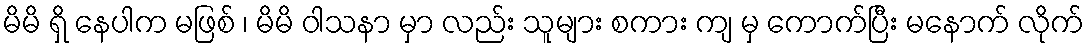
မိမိ ရှိ နေပါက မဖြစ် ၊ မိမိ ဝါသနာ မှာ လည်း သူများ စကား ကျ မှ ကောက်ပြီး မနောက် လိုက်